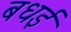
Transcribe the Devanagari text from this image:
बधई